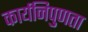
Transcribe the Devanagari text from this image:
कार्यनिपुणता